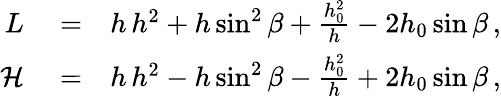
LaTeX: \begin{array}{rlr}{L}&{{}=}&{h\, h^{2}+h\sin^{2}\beta+\frac{h_{0}^{2}}{h}-2h_{0}\sin\beta\, ,}\\ {{\cal H}}&{{}=}&{h\, h^{2}-h\sin^{2}\beta-\frac{h_{0}^{2}}{h}+2h_{0}\sin\beta\, ,}\end{array}